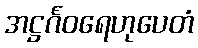
အဋ္ဌင်္ဂဝရေဟုပေတံ